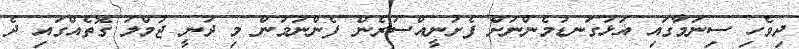
ދިވެހި ސިނަމާގައި އަޅުގަނޑުމެންނަށް ފެށުނީއްސުރެން ފެންނަމުން މި ދަނީ ޖުމްލަ ގޮތެއްގައި ދެ